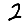
Digit: 2